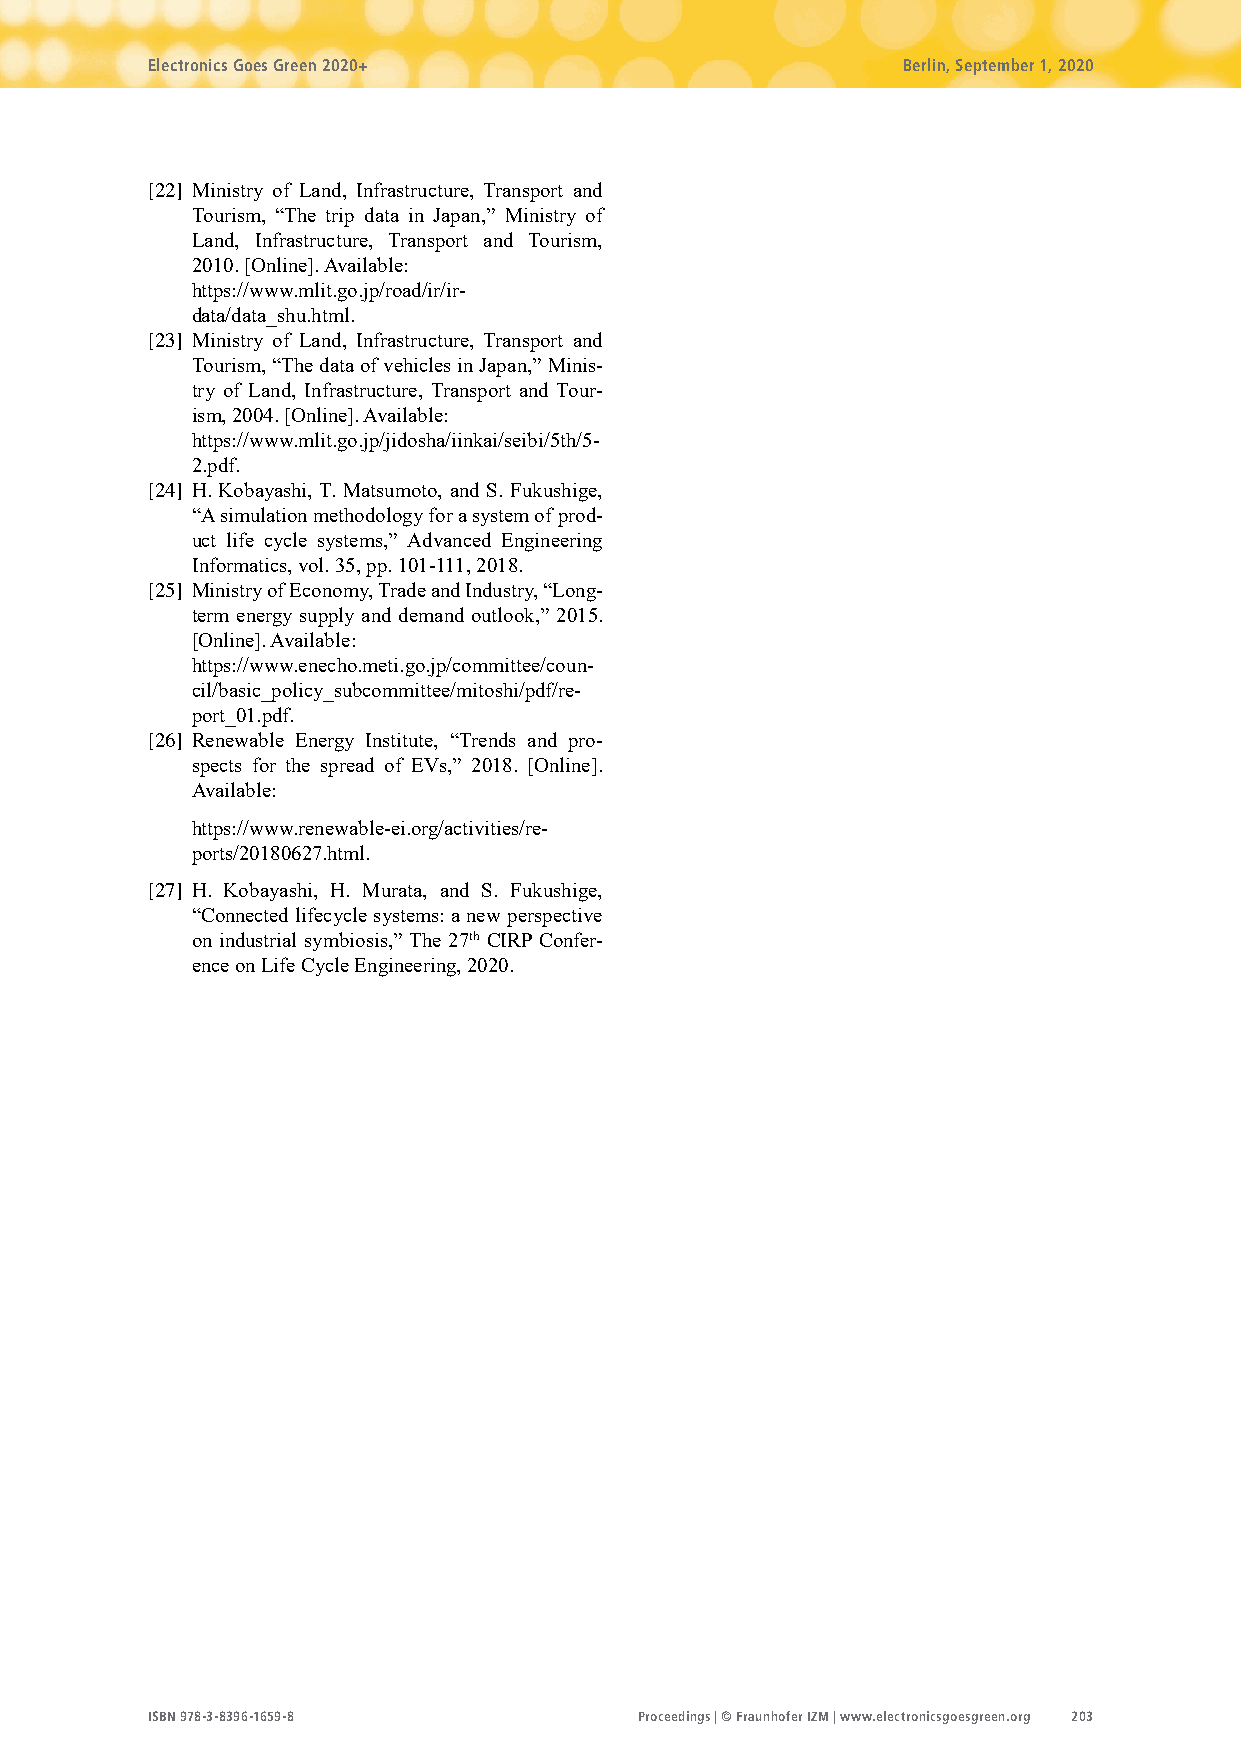
Electronics Goes Green 2020+                      Berlin, September 1, 2020
 [22] Ministry of Land, Infrastructure, Transport and
 Tourism, “The trip data in Japan,” Ministry of
 Land, Infrastructure, Transport and Tourism,
 2010. [Online]. Available:
 https://www.mlit.go.jp/road/ir/ir-
 data/data_shu.html.
 [23] Ministry of Land, Infrastructure, Transport and
 Tourism, “The data of vehicles in Japan,” Minis-
 try of Land, Infrastructure, Transport and Tour-
 ism, 2004. [Online]. Available:
 https://www.mlit.go.jp/jidosha/iinkai/seibi/5th/5-
 2.pdf.
 [24] H. Kobayashi, T. Matsumoto, and S. Fukushige,
 “A simulation methodology for a system of prod-
 uct life cycle systems,” Advanced Engineering
 Informatics, vol. 35, pp. 101-111, 2018.
 [25] Ministry of Economy, Trade and Industry, “Long-
 term energy supply and demand outlook,” 2015.
 [Online]. Available:
 https://www.enecho.meti.go.jp/committee/coun-
 cil/basic_policy_subcommittee/mitoshi/pdf/re-
 port_01.pdf.
 [26] Renewable Energy Institute, “Trends and pro-
 spects for the spread of EVs,” 2018. [Online].
 Available:
 https://www.renewable-ei.org/activities/re-
 ports/20180627.html.
 [27] H. Kobayashi, H. Murata, and S. Fukushige,
 “Connected lifecycle systems: a new perspective
 on industrial symbiosis,” The 27th CIRP Confer-
 ence on Life Cycle Engineering, 2020.
 ISBN 978-3-8396-1659-8          Proceedings | © Fraunhofer IZM | www.electronicsgoesgreen.org 203